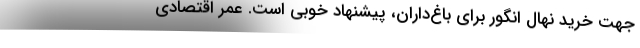
جهت خرید نهال انگور برای باغ‌داران، پیشنهاد خوبی است. عمر اقتصادی